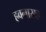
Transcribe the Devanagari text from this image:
हवनासह